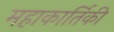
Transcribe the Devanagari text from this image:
महाकार्तिकी